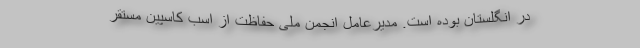
در انگلستان بوده است. مدیرعامل انجمن ملی حفاظت از اسب کاسپین مستقر